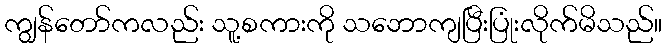
ကျွန်တော်ကလည်း သူ့စကားကို သဘောကျပြီးပြုံးလိုက်မိသည်။